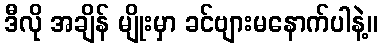
ဒီလို အချိန် မျိုးမှာ ခင်ဗျားမနောက်ပါနဲ့။